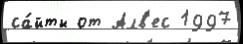
са́йты от Алв'ес 1997